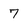
Character: 7